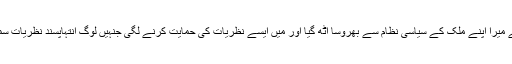
‏ اِس وجہ سے میرا اپنے ملک کے سیاسی نظام سے بھروسا اُٹھ گیا اور مَیں ایسے نظریات کی حمایت کرنے لگی جنہیں لوگ اِنتہاپسند نظریات سمجھتے تھے۔